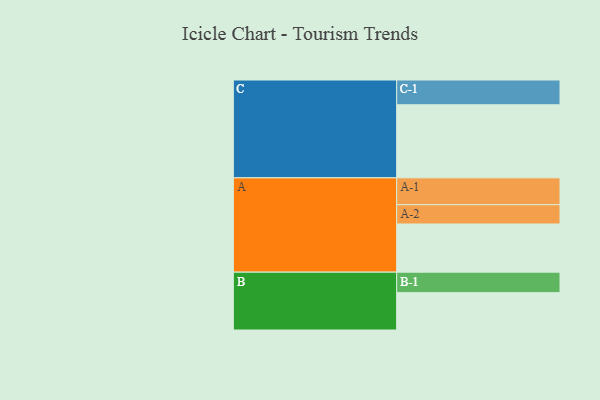
{"axis": {"x": "Segment", "y": "Value"}, "legend": ["", "A", "B", "C"], "data": [{"x": "A", "y": 395, "type": ""}, {"x": "B", "y": 306, "type": ""}, {"x": "C", "y": 599, "type": ""}, {"x": "A-1", "y": 220, "type": "A"}, {"x": "A-2", "y": 158, "type": "A"}, {"x": "B-1", "y": 168, "type": "B"}, {"x": "C-1", "y": 203, "type": "C"}]}